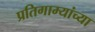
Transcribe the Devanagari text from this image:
प्रतिगाम्यांच्या